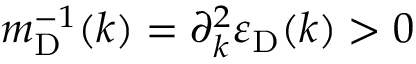
m _ { \mathrm { D } } ^ { - 1 } ( k ) = \partial _ { k } ^ { 2 } \varepsilon _ { \mathrm { D } } ( k ) > 0